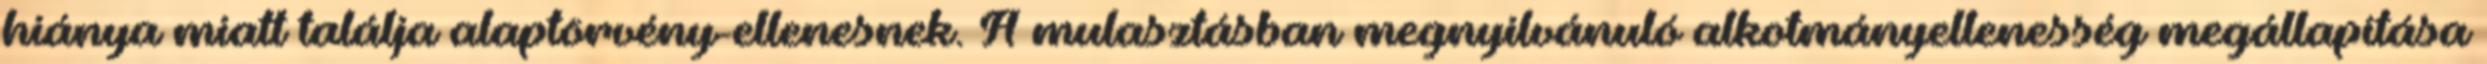
hiánya miatt találja alaptörvény-ellenesnek. A mulasztásban megnyilvánuló alkotmányellenesség megállapítása